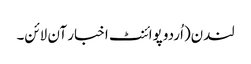
لندن(اُردو پوائنٹ اخبار آن لائن۔